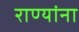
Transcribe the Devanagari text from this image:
राण्यांना